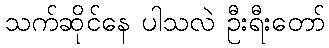
သက်ဆိုင်နေ ပါသလဲ ဦးရီးတော်